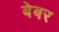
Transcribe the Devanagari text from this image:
बेबर